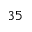
3 5